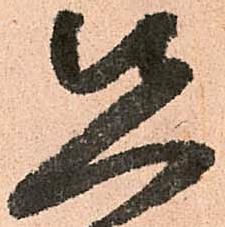
先